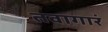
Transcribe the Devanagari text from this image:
तवागारं